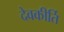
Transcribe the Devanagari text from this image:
देवकीर्ति